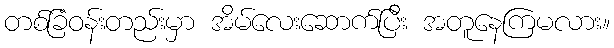
တစ်ခြံဝန်းတည်းမှာ အိမ်လေးဆောက်ပြီး အတူနေကြမလား။